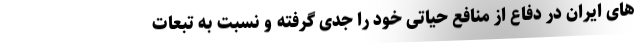
های ایران در دفاع از منافع حیاتی خود را جدی گرفته و نسبت به تبعات